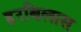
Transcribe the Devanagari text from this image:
हरबिलास